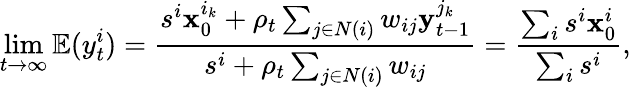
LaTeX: \operatorname*{lim}_{t\to\infty}\mathbb{E}(y_{t}^{i})=\frac{s^{i}\mathbf{x}_{0}^{i_{k}}+\rho_{t}\sum_{j\in N(i)}w_{ij}\mathbf{y}_{{t-1}}^{j_{k}}}{s^{i}+\rho_{t}\sum_{j\in N(i)}w_{ij}}=\frac{\sum_{i}s^{i}\mathbf{x}_{0}^{i}}{\sum_{i}s^{i}},